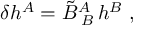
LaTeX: \delta h ^ { A } = \tilde { B } _ { \; B } ^ { A } \, h ^ { B } \ ,